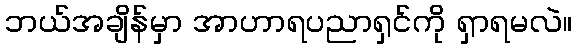
ဘယ်အချိန်မှာ အာဟာရပညာရှင်ကို ရှာရမလဲ။